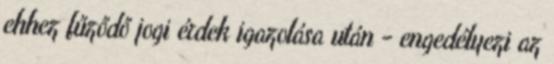
ehhez fűződő jogi érdek igazolása után - engedélyezi az